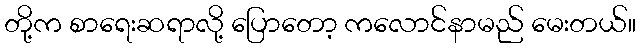
တို့က စာရေးဆရာလို့ ပြောတော့ ကလောင်နာမည် မေးတယ်။